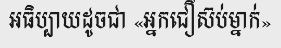
អធិប្បាយដូចជា «អ្នកជឿស៊ប់ម្នាក់»